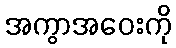
အကွာအဝေးကို